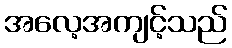
အလေ့အကျင့်သည်